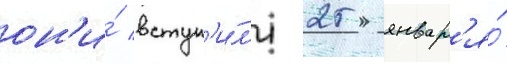
он'и́ вступ'и́л'и 25 январ'я́